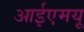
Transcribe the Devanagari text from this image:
आईएमयू